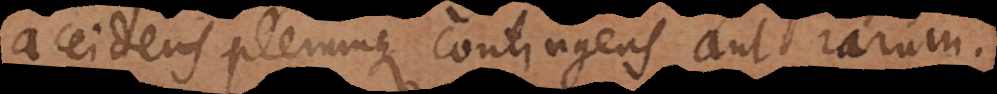
accidens plerumque, contingens aut rarum.